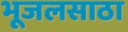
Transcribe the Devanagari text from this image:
भूजलसाठा